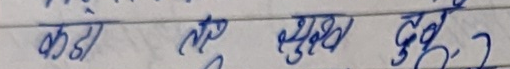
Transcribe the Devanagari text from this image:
कडो तु मुख्य दुःख ?